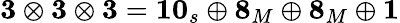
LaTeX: \mathbf{3}\otimes\mathbf{3}\otimes\mathbf{3}=\mathbf{10}_{s}\oplus\mathbf{8}_{M}\oplus\mathbf{8}_{M}\oplus\mathbf{1}